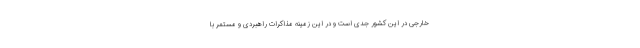
خارجی در این کشور جدی است و در این زمینه مذاکرات راهبردی و مستمر با